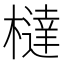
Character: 橽